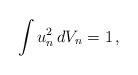
\begin{align*}\int u_n^2\, dV_n=1\,,\end{align*}